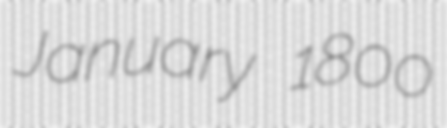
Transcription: January 1800